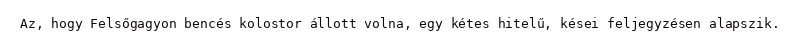
Az, hogy Felsőgagyon bencés kolostor állott volna, egy kétes hitelű, kései feljegyzésen alapszik.